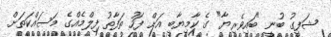
ޝަފީގު ބުނީ "ބައިވެރިޔާ" ގެ ކާމިޔާބީ އަށް ފަހު ތަފާތު ފިލްމެއްގެ މަސައްކަތަށް